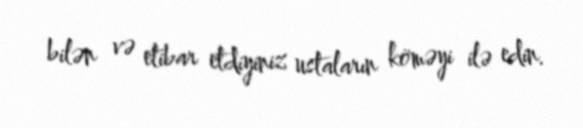
bilən və etibar etdiyiniz ustaların köməyi ilə edin.